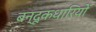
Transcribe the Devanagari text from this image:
बन्दूकधारियों